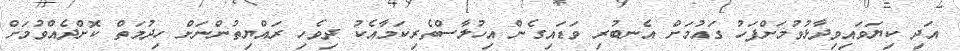
އަދި ކިޔަވައިވިދާޅުވުމަށްފަހު ގައުމަށް އެނބުރި ވަޑައިގެން އިހުލާސްތެރިކަމާއެކު ދިވެހި ރައްޔިތުންނަށް ހިދުމަތް ކޮށްދެއްވުމަށް